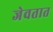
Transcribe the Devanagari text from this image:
जेवतात